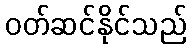
ဝတ်ဆင်နိုင်သည်